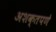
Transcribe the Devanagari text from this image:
अशक्तपणे